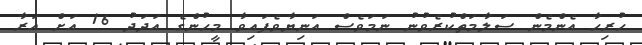
ހުރިހާ އެންމެން ސަލާމަތްކުރެވުނު ނަމަވެސް އަނިޔާވެފައިވާ މީހުންގެ އަދަދު 16 އަށް އަރާ